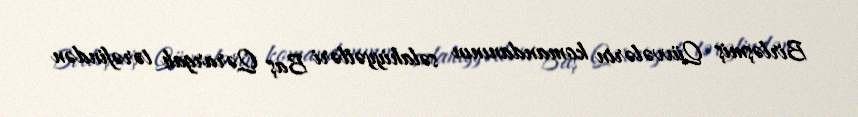
Birləşmiş Qüvvələrin komandanının səlahiyyətləri Baş Qərargah tərəfindən